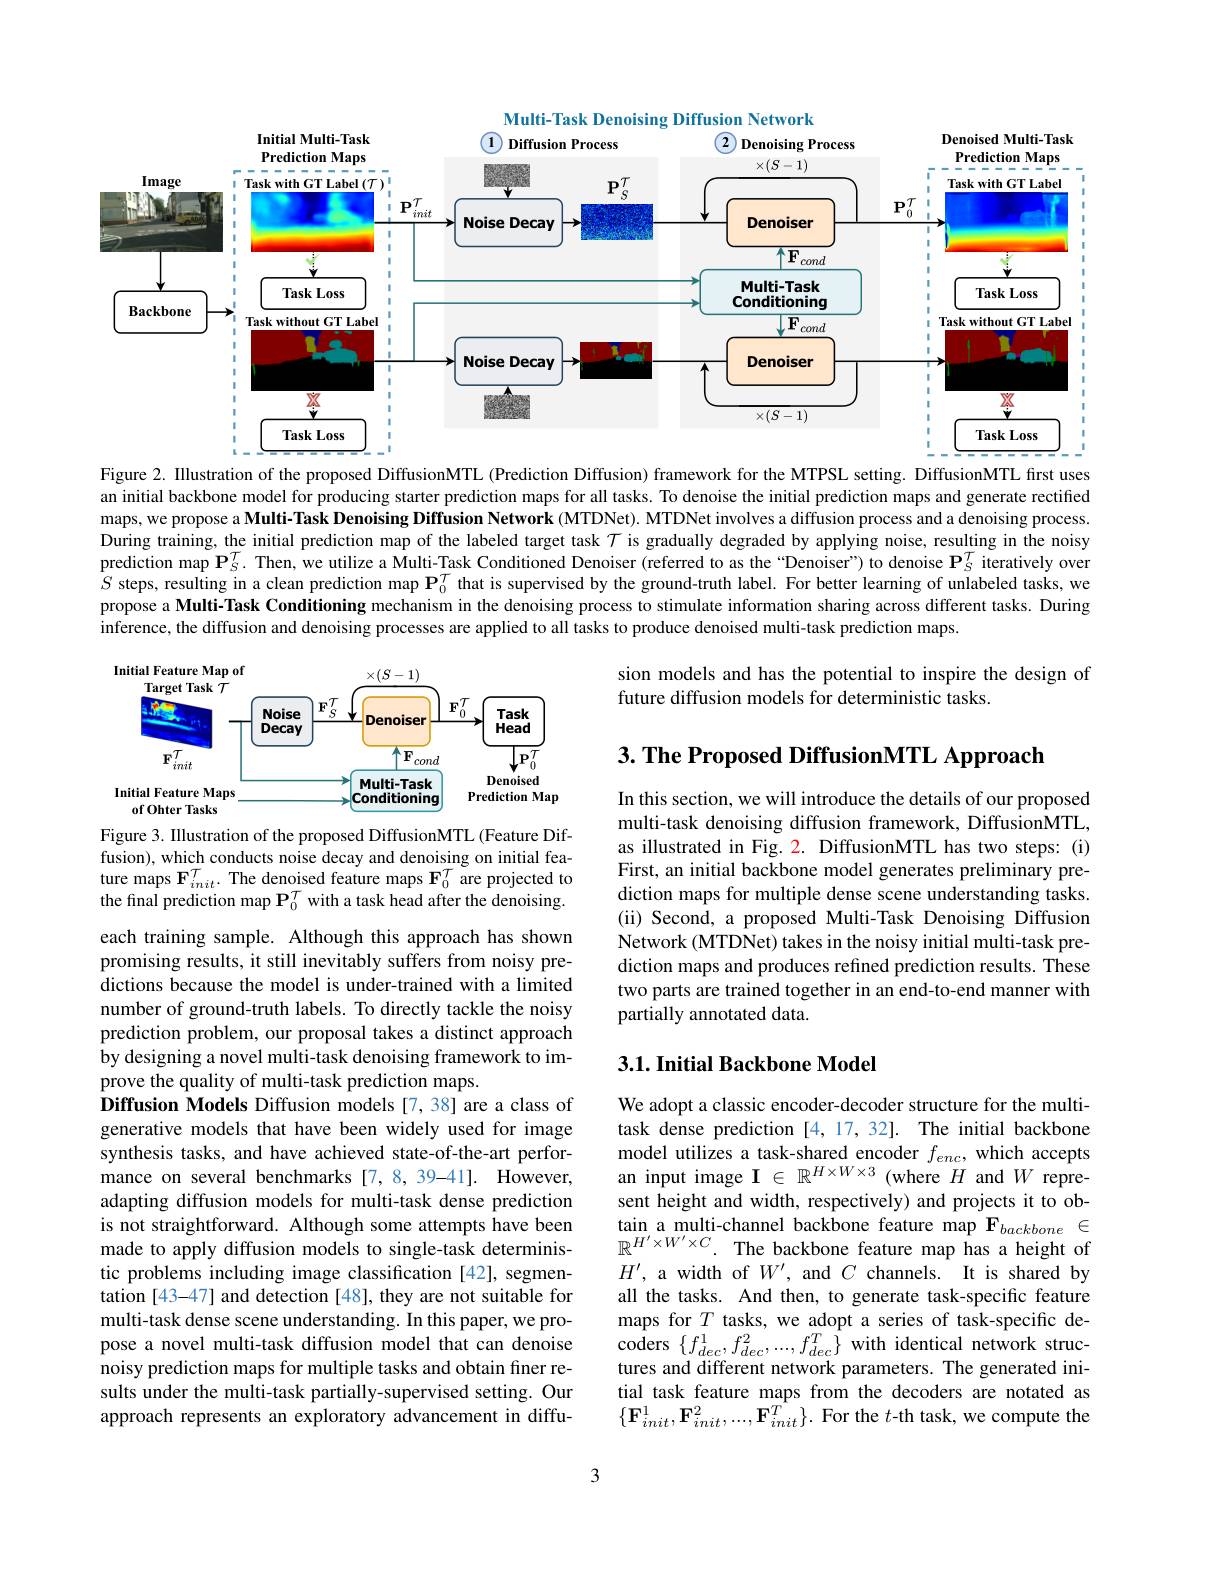
<FigureHere>

Figure 2. Illustration of the proposed DiffusionMTL (Prediction Diffusion) framework for the MTPSL setting. DiffusionMTL first uses an initial backbone model for producing starter prediction maps for all tasks. To denoise the initial prediction maps and generate rectified maps, we propose a Multi-Task Denoising Diffusion Network ( MTDNet). MTDNet involves a diffusion process and a denoising process. During training, the initial prediction map of the labeled target task $\mathcal{T}$ is gradually degraded by applying noise, resulting in the noisy prediction map $\mathbf{P}_S^T.$ Then, we utilize a Multi-Task Conditioned Denoiser (referred to as the“Denoiser”) to denoise $\mathbf{P}_S^T$ iteratively over $S$ steps, resulting in a clean prediction map $\mathbf{P}_0^{\mathcal{T}}$ that is supervised by the ground-truth label. For better learning of unlabeled tasks, we propose a Multi-Task Conditioning mechanism in the denoising process to stimulate information sharing across different tasks. During inference, the diffusion and denoising processes are applied to all tasks to produce denoised multi-task prediction maps.

sion models and has the potential to inspire the design of
future diffusion models for deterministic tasks.

<FigureHere>

$3. \textbf{ The Proposed DiffusionMTL Approach}$

In this section, we will introduce the details of our proposed multi-task denoising diffusion framework, DiffusionMTL, as illustrated in Fig. 2. DiffusionMTL has two steps: (i) First, an initial backbone model generates preliminary prediction maps for multiple dense scene understanding tasks. (ii) Second, a proposed Multi-Task Denoising Diffusion Network (MTDNet) takes in the noisy initial multi-task prediction maps and produces refined prediction results. These two parts are trained together in an end-to-end manner with partially annotated data.

## $3. 1. \textbf{Initial Backbone Model}$

Figure 3. Illustration of the proposed DiffusionMTL (Feature Diffusion), which conducts noise decay and denoising on initial feature maps $\mathbf{F}_init.$ The denoised feature maps $\mathbf{F}_0^{T}$ are projected to the final prediction map $\mathbf{P}_0^T$ with a task head after the denoising. each training sample. Although this approach has shown promising results, it still inevitably suffers from noisy predictions because the model is under-trained with a limited number of ground-truth labels. To directly tackle the noisy prediction problem, our proposal takes a distinct approach by designing a novel multi-task denoising framework to improve the quality of multi-task prediction maps.
Diffusion Models Diffusion models [7,38] are a class of generative models that have been widely used for image synthesis tasks, and have achieved state-of-the-art performance on several benchmarks [7,8,39-41]. However, adapting diffusion models for multi-task dense prediction is not straightforward. Although some attempts have been made to apply diffusion models to single-task deterministic problems including image classification [42], segmentation [43-47] and detection [48], they are not suitable for multi-task dense scene understanding. In this paper, we propose a novel multi-task diffusion model that can denoise noisy prediction maps for multiple tasks and obtain finer results under the multi-task partially-supervised setting. Our approach represents an exploratory advancement in diffu-

We adopt a classic encoder-decoder structure for the multitask dense prediction [4,17,32]. The initial backbone $\begin{array}{ll}\mathrm{model~utilizes~a~task-shared~encoder~}f_{enc},\mathrm{which~accepts}\\\mathrm{an~input~image~I~\in~}\mathbb{R}^{H\times W\times3}\mathrm{~(where~}H\mathrm{~and~}W\mathrm{~repre-}\end{array}$ sent height and width, respectively) and projects it to ob- $\begin{array}{c}{\text{tain a multi-channel backbone feature map}}\\{\text{tain a multi-channel backbone feature map}}\\{\textbf{F}}_{backbone}\end{array}\mathbf{F}_{backbone}\in$ $\mathbb{R}^{H^{\prime}\times W^{\prime}\times C}.$ The backbone feature map has a height of $H^{\prime}$, a width of $W^\prime$, and $C$ channels. It is shared by all the tasks. And then, to generate task-specific feature maps for $T$ tasks, we adopt a series of task-specific decoders $\{f_{dec}^{1},f_{dec}^{2},...,f_{dec}^{T}\}$ with identical network structures and different network parameters. The generated initial task feature maps from the decoders are notated as $\{\mathbf{F}_{init}^{1},\mathbf{F}_{init}^{2},...,\mathbf{F}_{init}^{T}\}.$ For the $t$-th task, we compute the

3